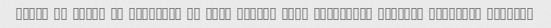
Kolan ye chize dg ovordan- Ye bare faghat soya mirikhtan tahvile moshtari midadan